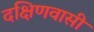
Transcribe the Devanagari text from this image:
दक्षिणवासी